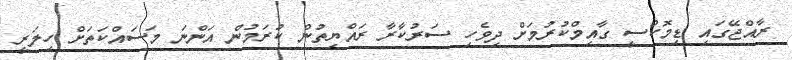
ރާއްޖޭގައި ޑިމޮކްސީ ގާއިމްކުރުމަށް ދިވެހި ސަރުކާރާ ރައްޔިތުން ކުރަމުން އަންނަ މަސައްކަތަށް ހިލަރީ